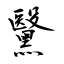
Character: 黳